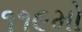
૧૧૯મો